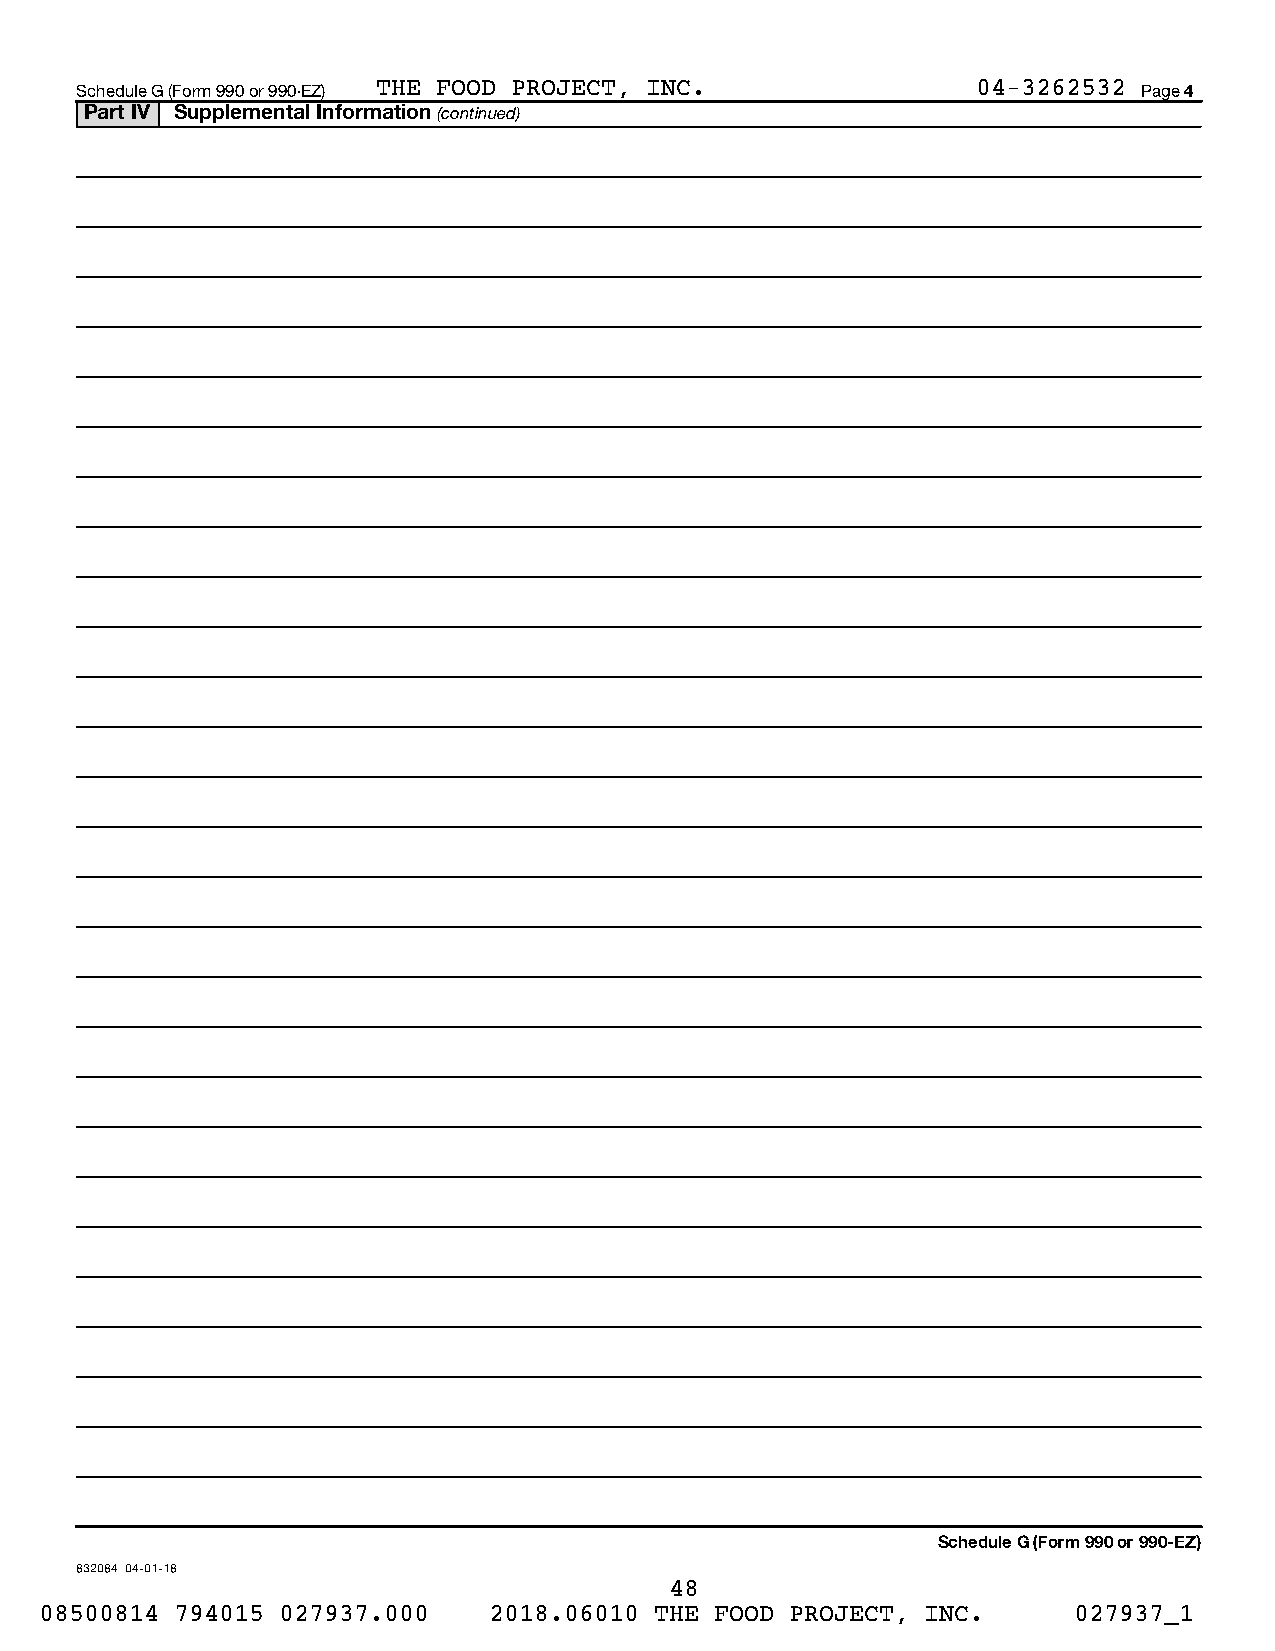
Schedule G (Form 990 or 990-EZ) THE FOOD PROJECT, INC.      04-3262532 Page 4
 Part IV Supplemental Information (continued)
 Schedule G (Form 990 or 990-EZ)
 832084 04-01-18
 48
 08500814 794015 027937.000   2018.06010 THE FOOD PROJECT, INC.      027937_1